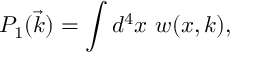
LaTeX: P _ { 1 } ( \vec { k } ) = \int d ^ { 4 } x \ w ( x , k ) ,